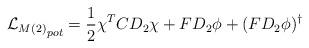
LaTeX: \begin{align*}{{{\cal L}_{M}}_{(2)}}_{pot}=\frac{1}{2}\chi^{T}CD_{2}\chi+FD_{2}\phi+(FD_{2}\phi)^{\dagger}\end{align*}